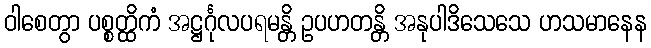
ဝါစေတွာ ပစ္စတ္ထိကံ အဋ္ဌင်္ဂုလပရမန္တိ ဥပဟတန္တိ အနုပါဒိသေသေ ဟသမာနေန